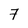
Character: 7